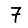
Digit: 7